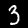
Label: 3